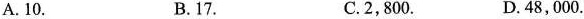
A. 10. B.17. C.2,800. D. 48,000.